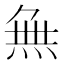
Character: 𭴾